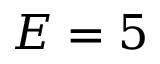
E = 5